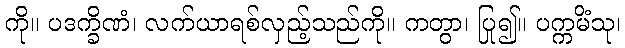
ကို။ ပဒက္ခိဏံ၊ လက်ယာရစ်လှည့်သည်ကို။ ကတွာ၊ ပြု၍။ ပက္ကမိံသု၊